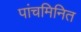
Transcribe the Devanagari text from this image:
पांचमिनित